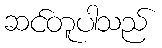
ဆင်တူပါသည်